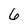
Character: 6